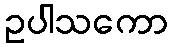
ဥပါသကော